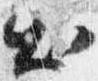
出